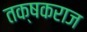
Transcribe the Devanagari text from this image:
तक्षकराज